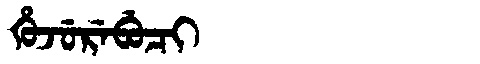
Manchu: ᡥᡠᠵᡠᡵᡝᠪᡠᠴᡳ
Romanization: HUJUREBUCI